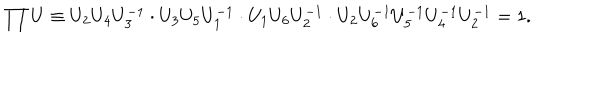
LaTeX: \prod U \equiv U _ { 2 } U _ { 4 } U _ { 3 } ^ { - 1 } \cdot U _ { 3 } U _ { 5 } U _ { 1 } ^ { - 1 } \cdot U _ { 1 } U _ { 6 } U _ { 2 } ^ { - 1 } \cdot U _ { 2 } U _ { 6 } ^ { - 1 } U _ { 5 } ^ { - 1 } U _ { 4 } ^ { - 1 } U _ { 2 } ^ { - 1 } = 1 .